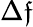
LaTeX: \Delta\mathfrak{f}